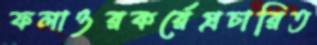
ফলাওরকর্রেপ্রচারিত